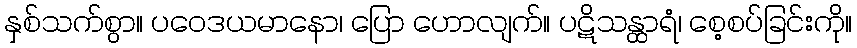
နှစ်သက်စွာ။ ပဝေဒယမာနော၊ ပြော ဟောလျက်။ ပဋိသန္ထာရံ၊ စေ့စပ်ခြင်းကို။